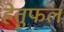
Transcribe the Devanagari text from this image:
हेतुफल